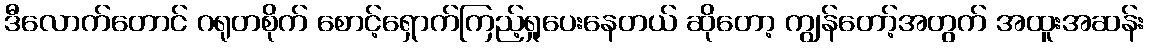
ဒီလောက်တောင် ဂရုတစိုက် စောင့်ရှောက်ကြည့်ရှုပေးနေတယ် ဆိုတော့ ကျွန်တော့်အတွက် အထူးအဆန်း